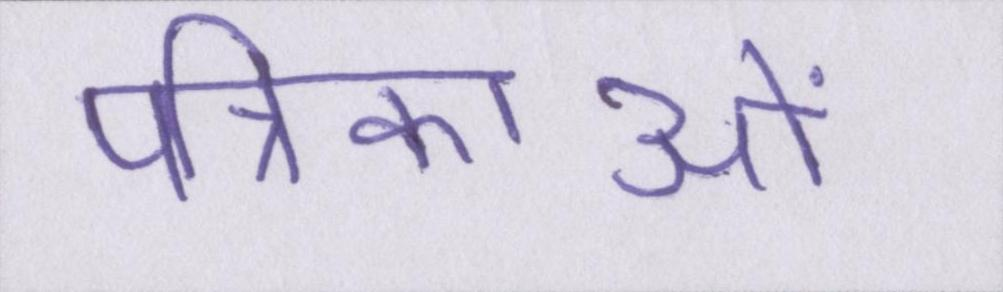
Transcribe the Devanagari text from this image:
पत्रिकाओं